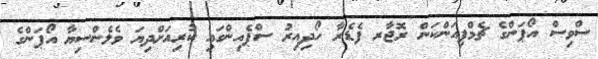
ސްވިސް އޯޕަންގެ ޗެމްޕިއަންކަން ރޮޖާރ ފެޑެރާ ހޯދިއިރު ސްޕެއިންގައި ކުރިއަށްދިޔަ ވެލެންސިޔާ އޯޕަންގެ